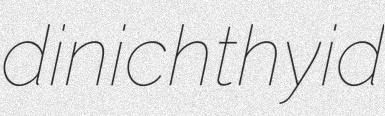
dinichthyid